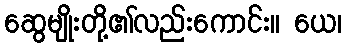
ဆွေမျိုးတို့၏လည်းကောင်း။ ယေ၊